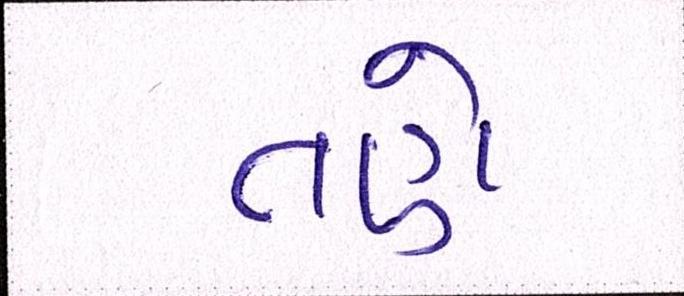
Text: તણે